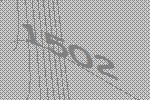
1502